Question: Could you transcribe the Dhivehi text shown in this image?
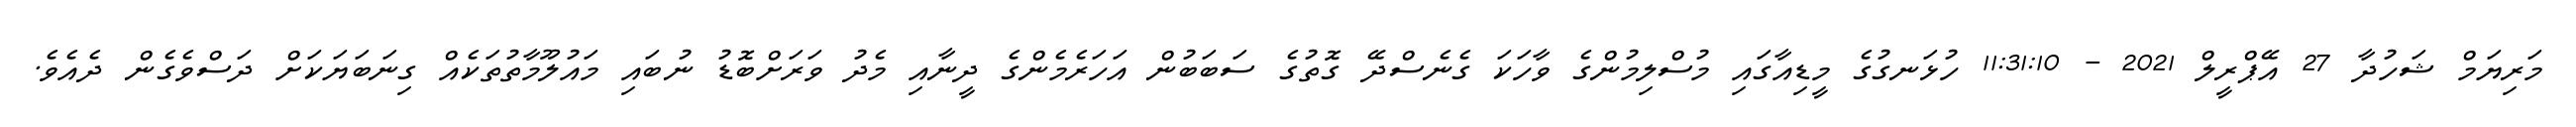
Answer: މަރިޔަމް ޝަހުދާ 27 އޭޕްރީލް 2021 - 11:31:10 ހުޅަނގުގެ މީޑިއާގައި މުސްލިމުންގެ ވާހަކަ ގެނެސްދޭ ގޮތުގެ ސަބަބުން އަހަރެމެންގެ ދީނާއި މެދު ވަރަށްބޮޑު ނުބައި މައުލޫމާތުތަކެއް ގިނަބަޔަކަށް ދަސްވެގެން ދެއެވެ.